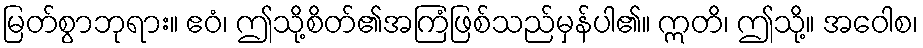
မြတ်စွာဘုရား။ ဧဝံ၊ ဤသို့စိတ်၏အကြံဖြစ်သည်မှန်ပါ၏။ ဣတိ၊ ဤသို့။ အဝေါစ၊